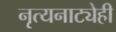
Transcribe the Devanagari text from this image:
नृत्यनाट्येही